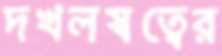
দখলস্বত্বের